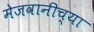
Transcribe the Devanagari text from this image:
मेजवानीच्या